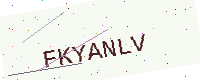
Text: FKYANLV